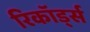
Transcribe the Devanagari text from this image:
रिकॉड्‌र्स